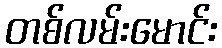
တစ်လမ်းမောင်း